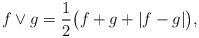
LaTeX: \begin{align*}f\vee g= \frac{1}{2}\big( f + g + |f-g| \big),\end{align*}